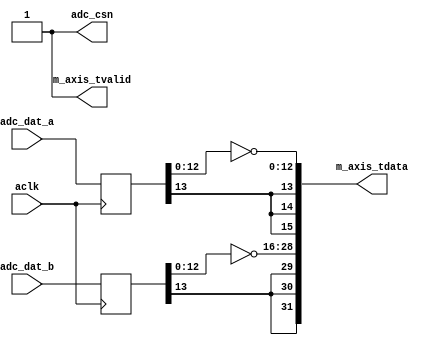

`timescale 1 ns / 1 ps

module axis_stemlab_sdr_adc #
(
  parameter integer ADC_DATA_WIDTH = 14,
  parameter integer AXIS_TDATA_WIDTH = 32
)
(
  // System signals
  input  wire                        aclk,

  // ADC signals
  output wire                        adc_csn,
  input  wire [ADC_DATA_WIDTH-1:0]   adc_dat_a,
  input  wire [ADC_DATA_WIDTH-1:0]   adc_dat_b,

  // Master side
  output wire                        m_axis_tvalid,
  output wire [AXIS_TDATA_WIDTH-1:0] m_axis_tdata
);
  localparam PADDING_WIDTH = AXIS_TDATA_WIDTH/2 - ADC_DATA_WIDTH;

  reg  [ADC_DATA_WIDTH-1:0] int_dat_a_reg;
  reg  [ADC_DATA_WIDTH-1:0] int_dat_b_reg;

  always @(posedge aclk)
  begin
    int_dat_a_reg <= adc_dat_a;
    int_dat_b_reg <= adc_dat_b;
  end

  assign adc_csn = 1'b1;

  assign m_axis_tvalid = 1'b1;

  assign m_axis_tdata = {
    {(PADDING_WIDTH+1){int_dat_b_reg[ADC_DATA_WIDTH-1]}}, ~int_dat_b_reg[ADC_DATA_WIDTH-2:0],
    {(PADDING_WIDTH+1){int_dat_a_reg[ADC_DATA_WIDTH-1]}}, ~int_dat_a_reg[ADC_DATA_WIDTH-2:0]};

endmodule